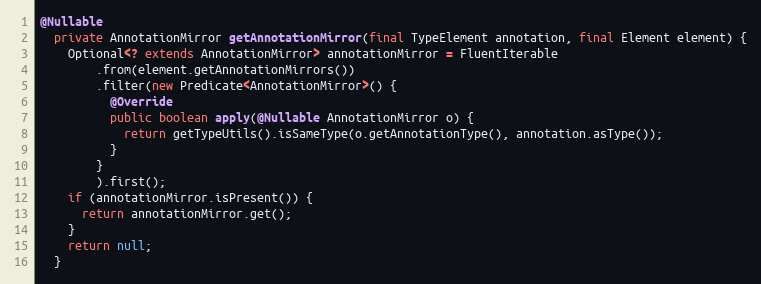
Language: Java
@Nullable
  private AnnotationMirror getAnnotationMirror(final TypeElement annotation, final Element element) {
    Optional<? extends AnnotationMirror> annotationMirror = FluentIterable
        .from(element.getAnnotationMirrors())
        .filter(new Predicate<AnnotationMirror>() {
          @Override
          public boolean apply(@Nullable AnnotationMirror o) {
            return getTypeUtils().isSameType(o.getAnnotationType(), annotation.asType());
          }
        }
        ).first();
    if (annotationMirror.isPresent()) {
      return annotationMirror.get();
    }
    return null;
  }